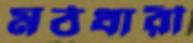
মঠধারী